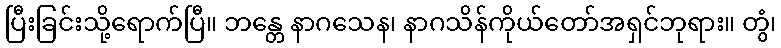
ပြီးခြင်းသို့ရောက်ပြီ။ ဘန္တေ နာဂသေန၊ နာဂသိန်ကိုယ်တော်အရှင်ဘုရား။ တွံ၊